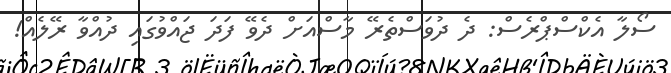
ސޯލާ އެކްސްޕްރެސް: ދެ ދުވަސްތެރޭ މާސްއަށް ދެވޭ ފަދަ ޖައްވުގައި ދުއްވާ ރޭލެއް!